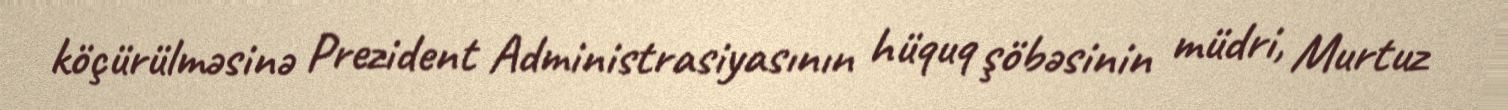
köçürülməsinə Prezident Administrasiyasının hüquq şöbəsinin müdri, Murtuz